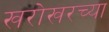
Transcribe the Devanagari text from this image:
खरोखरच्या